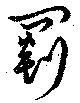
罽